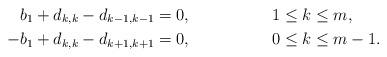
LaTeX: \begin{align*}b_{1}+d_{k,k}-d_{k-1,k-1} & =0, && 1\leq k\leq m,\\-b_{1}+d_{k,k}-d_{k+1,k+1} & =0, && 0\leq k\leq m-1.\end{align*}